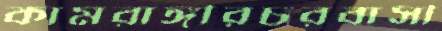
কামরাঙ্গীরচরবাসী